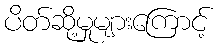
ပိတ်ဆို့မှုများကြောင့်